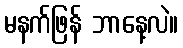
မနက်ဖြန် ဘာနေ့လဲ။